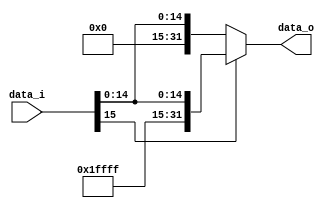
module Sign_Extend
(
    data_i,
    data_o
);

/* Ports */
input   [15:0]  data_i;
output  [31:0]  data_o;

assign  data_o = (data_i[15] == 1'b0) ? { 16'h0000, data_i } : { 16'hffff, data_i };

endmodule